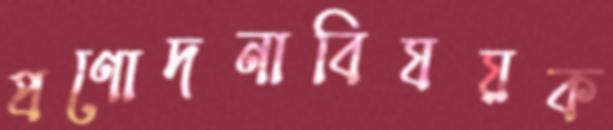
প্রণোদনাবিষয়ক